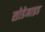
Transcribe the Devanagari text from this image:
सोडेमाइड